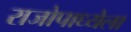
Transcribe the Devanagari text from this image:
राजोपाध्येला